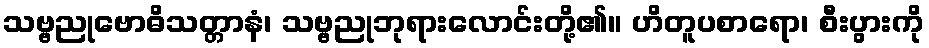
သဗ္ဗညုဗောဓိသတ္တာနံ၊ သဗ္ဗညုဘုရားလောင်းတို့၏။ ဟိတူပစာရော၊ စီးပွားကို